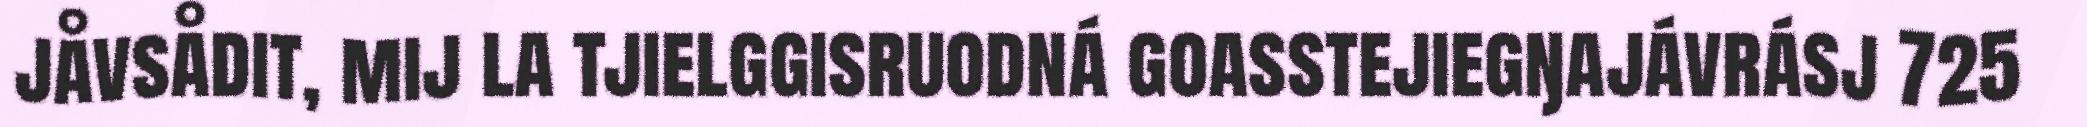
jåvsådit, mij la tjielggisruodná goasstejiegŋajávrásj 725